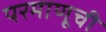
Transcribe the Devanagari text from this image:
परमाणूची